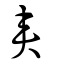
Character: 夾